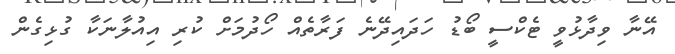
އޭނާ ވިދާޅުވީ ޓެކްސީ ބޯޑު ހަދައިދޭނެ ފަރާތެއް ހޯދުމަށް ކުރި އިއުލާނަކާ ގުޅިގެން